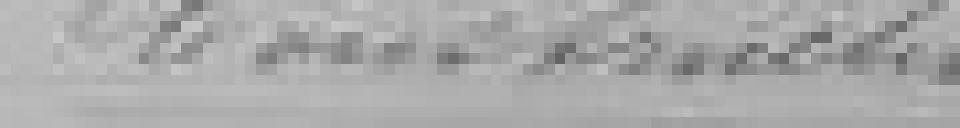
Construction